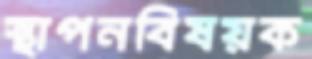
স্থাপনবিষয়ক